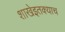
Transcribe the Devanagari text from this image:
शाखेइतक्याच